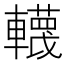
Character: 䡸